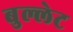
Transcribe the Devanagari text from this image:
बुल्लेट